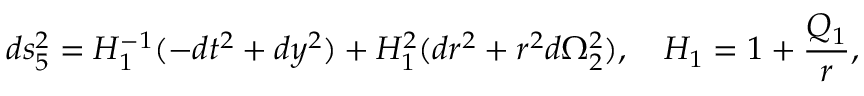
d s _ { 5 } ^ { 2 } = H _ { 1 } ^ { - 1 } ( - d t ^ { 2 } + d y ^ { 2 } ) + H _ { 1 } ^ { 2 } ( d r ^ { 2 } + r ^ { 2 } d \Omega _ { 2 } ^ { 2 } ) , \quad H _ { 1 } = 1 + { \frac { Q _ { 1 } } { r } } ,